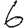
Digit: 6